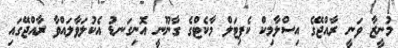
މުނީޒާ ވަނީ ރާއްޖޭގެ އިސްލާމިކް ކެޕިޓަލް މާކެޓްގެ ގާނޫނީ އޮނިގަނޑު އެކުލަވާލައްވާ ރާއްޖޭގައި